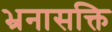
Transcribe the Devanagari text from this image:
भ्रनासक्ति